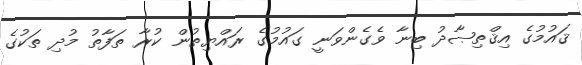
ޤައުމުގެ އިޤްތިޞާދު ބިނާ ވެގެންވަނީ ގައުމުގެ ރައްޔިތުން ކުރާ ތަފާތު މުދި ތަކުގެ